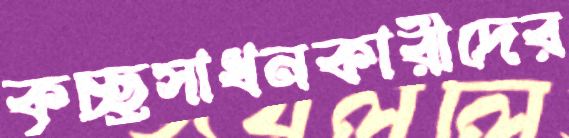
কৃচ্ছ্রসাধনকারীদের